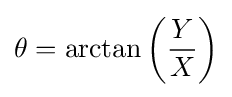
\theta =\arctan \left({\frac {Y}{X}}\right)